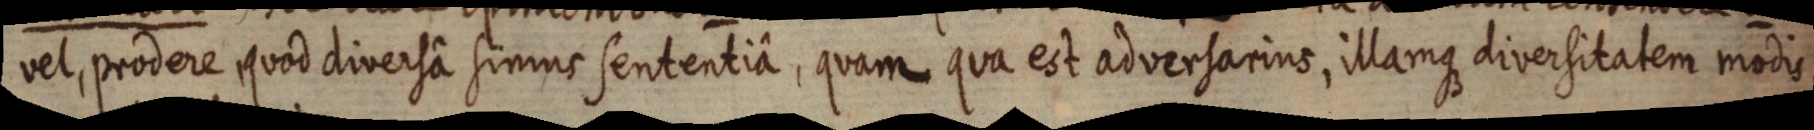
vel, prodere quod diversa simus sententiâ, quam qua est adversarius, illamque diversitatem modis